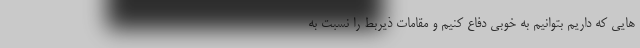
هایی که داریم بتوانیم به خوبی دفاع کنیم و مقامات ذیربط را نسبت به